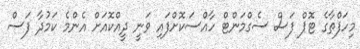
މިހަފްތާގެ ޓޮޕް ފަސް ސެގްމަންޓް ހާއްސަކޮށްފައި ވަނީ ދީއްކޮއަށް އެންމެ ކަމުދާ ފަސް